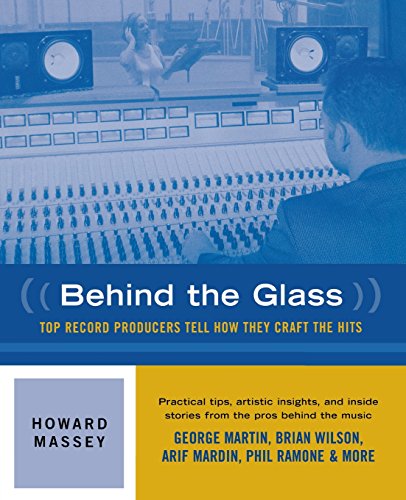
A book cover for Behind the Glass - Top Record Producers Tell How They Craft the Hits (Softcover); Howard Massey; Arts & Photography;